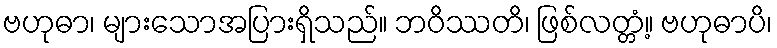
ဗဟုဓာ၊ များသောအပြားရှိသည်။ ဘဝိဿတိ၊ ဖြစ်လတ္တံ့။ ဗဟုဓာပိ၊